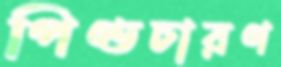
পিণ্ডচারণ